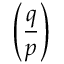
\left( { \frac { q } { p } } \right)